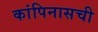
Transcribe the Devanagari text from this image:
कांपिनासची